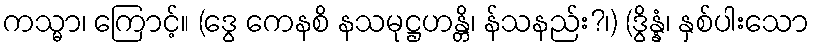
ကသ္မာ၊ ကြောင့်။ (ဒွေ ကေနစိ နသမုဋ္ဌဟန္တိ၊ န်သနည်း?၊) (ဒွိန္နံ၊ နှစ်ပါးသော